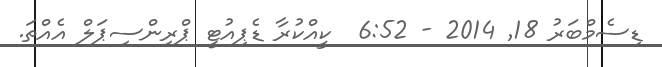
ޑިސެމްބަރު 18